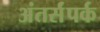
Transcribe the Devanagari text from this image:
अंतर्संपर्क